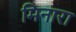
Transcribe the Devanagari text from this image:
मिनारा